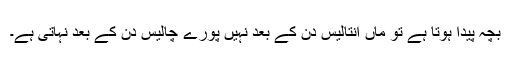
بچہ پیدا ہوتا ہے تو ماں انتالیس دن کے بعد نہیں پورے چالیس دن کے بعد نہاتی ہے۔